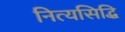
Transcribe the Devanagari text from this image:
नित्यसिद्धि